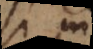
si is